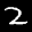
Label: 2